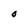
Character: O